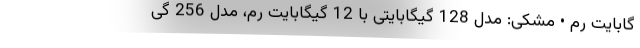
گابایت رم • مشکی: مدل 128 گیگابایتی با 12 گیگابایت رم، مدل 256 گی